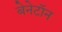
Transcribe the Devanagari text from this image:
बेनेटॉन